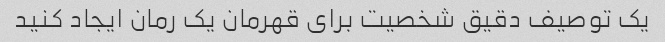
یک توصیف دقیق شخصیت برای قهرمان یک رمان ایجاد کنید